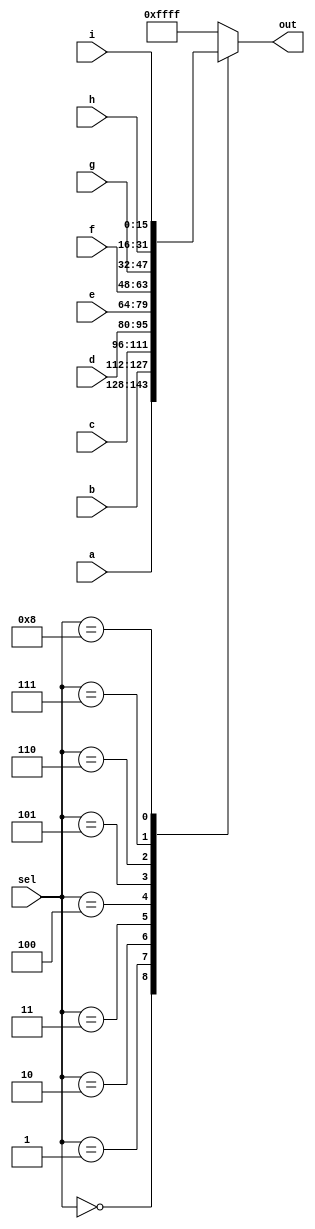
module top_module( 
    input [15:0] a, b, c, d, e, f, g, h, i,
    input [3:0] sel,
    output [15:0] out );

    reg [15:0] temp_out;
    assign out = temp_out;
    always @(*) begin
        case (sel)
            4'd0:begin
                temp_out = a;
            end
            4'd1:begin
                temp_out = b;
            end
            4'd2:begin
                temp_out = c;
            end
            4'd3:begin
                temp_out = d;
            end
            4'd4:begin
                temp_out = e;
            end
            4'd5:begin
                temp_out = f;
            end
            4'd6:begin
                temp_out = g;
            end
            4'd7:begin
                temp_out = h;
            end
            4'd8:begin
                temp_out = i;
            end
            default:begin
                temp_out = 16'b1111_1111_1111_1111;
            end
        endcase
    end

endmodule